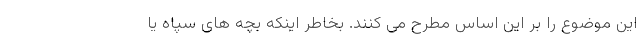
این موضوع را بر این اساس مطرح می کنند. بخاطر اینکه بچه های سپاه یا